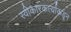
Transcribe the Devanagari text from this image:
स्वीकारकर्त्यांकडून